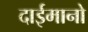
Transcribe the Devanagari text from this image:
दाईमानो